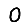
Digit: 0